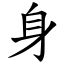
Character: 身